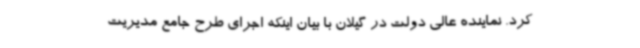
کرد. نماینده عالی دولت در گیلان با بیان اینکه اجرای طرح جامع مدیریت